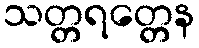
သတ္တရတ္တေန